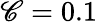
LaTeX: \mathscr{C}=0.1